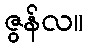
ဇွန်လ။